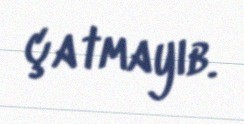
çatmayıb.